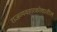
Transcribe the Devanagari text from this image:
राजव्यवहारकोशातील